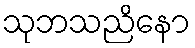
သုဘသညိနော